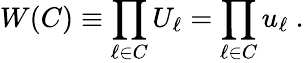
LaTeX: W(C)\equiv\prod_{\ell\in C}U_{\ell}=\prod_{\ell\in C}u_{\ell}~.